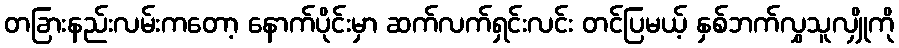
တခြားနည်းလမ်းကတော့ နောက်ပိုင်းမှာ ဆက်လက်ရှင်းလင်း တင်ပြမယ့် နှစ်ဘက်လွှသူလျှိုကို